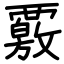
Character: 覈